Indian journal of veterinary science and animal husbandry - Volumes 26-27, 1956-1957
Year: 1956
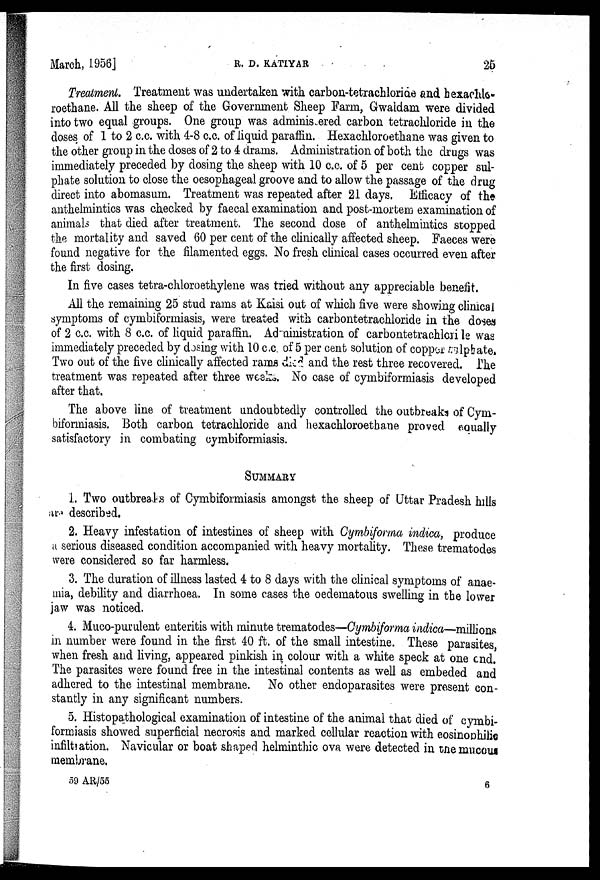
March, 1956]
R.
D.
KATIYAR
25
Treatment. Treatment was undertaken with carbon-tetrachloride and hexachlo-
roethane. All the sheep of the Government Sheep Farm, Gwaldam were divided
into two equal groups. One group was administered carbon tetrachloride in the
doses of 1 to 2 c.c. with 4-8 c.c. of liquid paraffin. Hexachloroethane was given to
the other group in the doses of 2 to 4 drams. Administration of both the drugs was
immediately preceded by dosing the sheep with 10 c.c. of 5 per cent copper sul-
phate solution to close the oesophageal groove and to allow the passage of the drug
direct into abomasum. Treatment was repeated after 21 days. Efficacy of the
anthelmintics was checked by faecal examination and post-mortem examination of
animals that died after treatment. The second dose of anthelmintics stopped
the mortality and saved 60 per cent of the clinically affected sheep. Faeces were
found negative for the filamented eggs. No fresh clinical cases occurred even after
the first dosing.
In five cases tetra-chloroethylene was tried without any appreciable benefit.
All the remaining 25 stud rams at Kaisi out of which five were showing clinical
symptoms of cymbiformiasis, were treated with carbontetrachloride in the doses
of 2 c.c. with 8 c.c. of liquid paraffin. Administration of carbontetrachloride was
immediately preceded by dosing with 10 c.c. of 5 per cent solution of copper sulphate.
Two out of the five clinically affected rams died and the rest three recovered. The
treatment was repeated after three weeks. No case of cymbiformiasis developed
after that.
The above line of treatment undoubtedly controlled the outbreaks of Cym-
biformiasis. Both carbon tetrachloride and hexachloroethane proved equally
satisfactory in combating cymbiformiasis.
SUMMARY
1. Two outbreaks of Cymbiformiasis amongst the sheep of Uttar Pradesh hills
are described.
2. Heavy infestation of intestines of sheep with Cymbiforma indica, produce
a serious diseased condition accompanied with heavy mortality. These trematodes
were considered so far harmless.
3. The duration of illness lasted 4 to 8 days with the clinical symptoms of anae-
mia, debility and diarrhoea. In some cases the oedematous swelling in the lower
jaw was noticed.
4. Muco-purulent enteritis with minute trematodes—Cymbiforma indica—millions
in number were found in the first 40 ft. of the small intestine. These parasites,
when fresh and living, appeared pinkish in colour with a white speck at one ond.
The parasites were found free in the intestinal contents as well as embeded and
adhered to the intestinal membrane. No other endoparasites were present con-
stantly in any significant numbers.
5. Histopathological examination of intestine of the animal that died of cymbi-
formiasis showed superficial necrosis and marked cellular reaction with eosinophilic
infiltration. Navicular or boat shaped helminthic ova were detected in the mucous
membrane.
59 AR/55
6